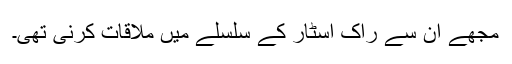
مجھے ان سے راک اسٹار کے سلسلے میں ملاقات کرنی تھی۔